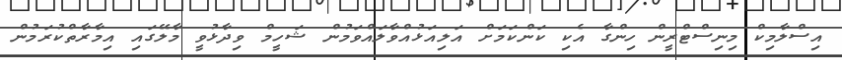
އިސްލާމިކް މިނިސްޓްރީން ހިންގާ އެކި ކަންކަމަށް އަލިއަޅުއްވާލައްވަމުން ޝަހީމް ވިދާޅުވީ މާލޭގައި އިމާރާތްކުރަމުން